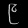
Digit: ၉